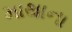
માથાના